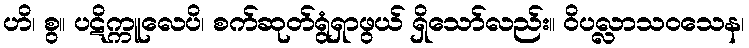
ဟိ၊ စွ။ ပဋိက္ကူလေပိ၊ စက်ဆုတ်ရွံရှာဖွယ် ရှိသော်လည်း။ ဝိပလ္လာသဝသေန၊